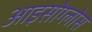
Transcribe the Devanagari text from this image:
आइसोग्लोस